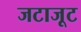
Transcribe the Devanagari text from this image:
जटाजूट